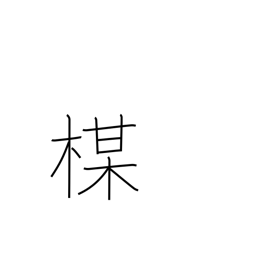
Meaning: plum